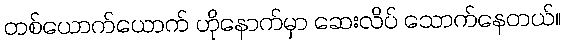
တစ်ယောက်ယောက် ဟိုနောက်မှာ ဆေးလိပ် သောက်နေတယ်။